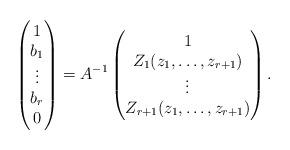
LaTeX: \begin{align*} \begin{pmatrix}1\\b_1 \\\vdots\\b_r\\0\end{pmatrix}= A^{-1}\begin{pmatrix}1\\Z_1(z_1,\ldots,z_{r+1}) \\\vdots\\Z_{r+1}(z_1,\ldots,z_{r+1})\end{pmatrix}.\end{align*}